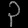
Digit: ၃